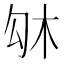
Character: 𠣛